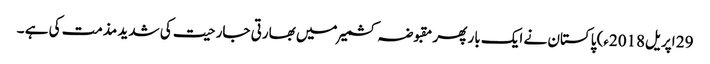
29 اپریل2018ء) پاکستان نے ایک بار پھر مقبوضہ کشمیر میں بھارتی جارحیت کی شدید مذمت کی ہے ۔